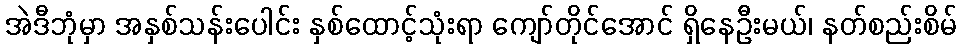
အဲဒီဘုံမှာ အနှစ်သန်းပေါင်း နှစ်ထောင့်သုံးရာ ကျော်တိုင်အောင် ရှိနေဦးမယ်၊ နတ်စည်းစိမ်